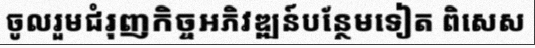
ចូលរួមជំរុញកិច្ចអភិវឌ្ឍន៍បន្ថែមទៀត ពិសេស